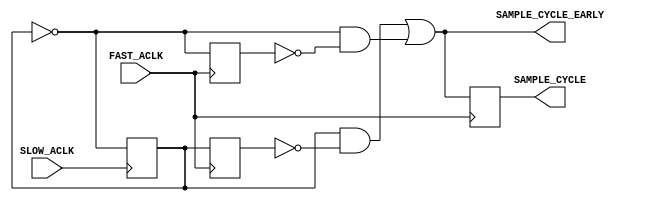
// (c) Copyright 2011-2012 Xilinx, Inc. All rights reserved.
//
// This file contains confidential and proprietary information
// of Xilinx, Inc. and is protected under U.S. and
// international copyright and other intellectual property
// laws.
//
// DISCLAIMER
// This disclaimer is not a license and does not grant any
// rights to the materials distributed herewith. Except as
// otherwise provided in a valid license issued to you by
// Xilinx, and to the maximum extent permitted by applicable
// law: (1) THESE MATERIALS ARE MADE AVAILABLE "AS IS" AND
// WITH ALL FAULTS, AND XILINX HEREBY DISCLAIMS ALL WARRANTIES
// AND CONDITIONS, EXPRESS, IMPLIED, OR STATUTORY, INCLUDING
// BUT NOT LIMITED TO WARRANTIES OF MERCHANTABILITY, NON-
// INFRINGEMENT, OR FITNESS FOR ANY PARTICULAR PURPOSE; and
// (2) Xilinx shall not be liable (whether in contract or tort,
// including negligence, or under any other theory of
// liability) for any loss or damage of any kind or nature
// related to, arising under or in connection with these
// materials, including for any direct, or any indirect,
// special, incidental, or consequential loss or damage
// (including loss of data, profits, goodwill, or any type of
// loss or damage suffered as a result of any action brought
// by a third party) even if such damage or loss was
// reasonably foreseeable or Xilinx had been advised of the
// possibility of the same.
//
// CRITICAL APPLICATIONS
// Xilinx products are not designed or intended to be fail-
// safe, or for use in any application requiring fail-safe
// performance, such as life-support or safety devices or
// systems, Class III medical devices, nuclear facilities,
// applications related to the deployment of airbags, or any
// other applications that could lead to death, personal
// injury, or severe property or environmental damage
// (individually and collectively, "Critical
// Applications"). Customer assumes the sole risk and
// liability of any use of Xilinx products in Critical
// Applications, subject only to applicable laws and
// regulations governing limitations on product liability.
//
// THIS COPYRIGHT NOTICE AND DISCLAIMER MUST BE RETAINED AS
// PART OF THIS FILE AT ALL TIMES.
//-----------------------------------------------------------------------------
//
// Register Slice
//   Generic single-channel AXI pipeline register on forward and/or reverse signal path
//
// Verilog-standard:  Verilog 2001
//--------------------------------------------------------------------------
//
// Structure:
//   axic_register_slice
//
//--------------------------------------------------------------------------

`timescale 1ps/1ps
`default_nettype none

module axis_interconnect_v1_1_axisc_sample_cycle_ratio # (
///////////////////////////////////////////////////////////////////////////////
// Parameter Definitions
///////////////////////////////////////////////////////////////////////////////
  parameter C_RATIO = 2 // Must be > 0
  )
 (
///////////////////////////////////////////////////////////////////////////////
// Port Declarations
///////////////////////////////////////////////////////////////////////////////
  input  wire                    SLOW_ACLK,
  input  wire                    FAST_ACLK,

  output wire                    SAMPLE_CYCLE_EARLY,
  output wire                    SAMPLE_CYCLE
);

////////////////////////////////////////////////////////////////////////////////
// Functions
////////////////////////////////////////////////////////////////////////////////
////////////////////////////////////////////////////////////////////////////////
// Local parameters
////////////////////////////////////////////////////////////////////////////////
localparam P_DELAY = C_RATIO > 2 ? C_RATIO-1 : C_RATIO-1; 
////////////////////////////////////////////////////////////////////////////////
// Wires/Reg declarations
////////////////////////////////////////////////////////////////////////////////
reg                slow_aclk_div2 = 0;
reg                posedge_finder_first;
reg                posedge_finder_second;
wire               first_edge;
wire               second_edge;
reg  [P_DELAY-1:0] sample_cycle_d;
(* shreg_extract = "no" *) reg                sample_cycle_r;


////////////////////////////////////////////////////////////////////////////////
// BEGIN RTL
////////////////////////////////////////////////////////////////////////////////
generate
  if (C_RATIO == 1) begin : gen_always_sample
    assign SAMPLE_CYCLE_EARLY = 1'b1;
    assign SAMPLE_CYCLE = 1'b1;
  end
  else begin : gen_sample_cycle
    genvar i;
    always @(posedge SLOW_ACLK) begin 
      slow_aclk_div2 <= ~slow_aclk_div2;
    end

    // Find matching rising edges by clocking slow_aclk_div2 onto faster clock
    always @(posedge FAST_ACLK) begin 
      posedge_finder_first <= slow_aclk_div2;
    end
    always @(posedge FAST_ACLK) begin 
      posedge_finder_second <= ~slow_aclk_div2;
    end

    assign first_edge = slow_aclk_div2 & ~posedge_finder_first;
    assign second_edge = ~slow_aclk_div2 & ~posedge_finder_second;

    always @(*) begin 
      sample_cycle_d[P_DELAY-1] = first_edge | second_edge;
    end
   
    // delay the posedge alignment by C_RATIO - 1 to set the sample cycle as
    // the clock one cycle before the posedge.
    for (i = P_DELAY-1; i > 0; i = i - 1) begin : gen_delay
      always @(posedge FAST_ACLK) begin
        sample_cycle_d[i-1] <= sample_cycle_d[i];
      end
    end

    always @(posedge FAST_ACLK) begin 
      sample_cycle_r <= sample_cycle_d[0];
    end
    assign SAMPLE_CYCLE_EARLY = sample_cycle_d[0];
    assign SAMPLE_CYCLE = sample_cycle_r;
  end
endgenerate

endmodule // axisc_sample_cycle_ratio

`default_nettype wire